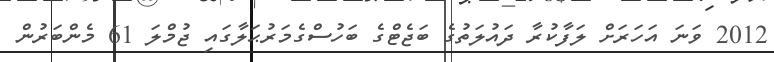
2012 ވަނަ އަހަރަށް ލަފާކުރާ ދައުލަތުގެ ބަޖެޓްގެ ބަހުސްގެމަރުޙަލާގައި ޖުމްލަ 61 މެންބަރުން